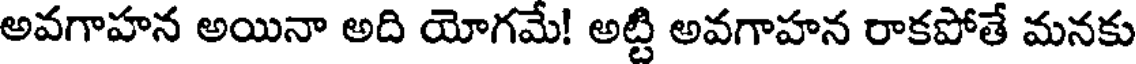
అవగాహన అయినా అది యోగమే! అట్టి అవగాహన రాకపోతే మనకు